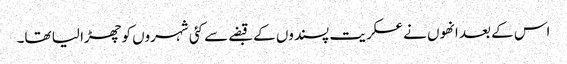
اس کے بعد انھوں نے عسکریت پسندوں کے قبضے سے کئی شہروں کو چھڑا لیا تھا۔